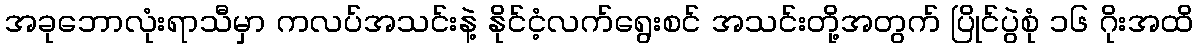
အခုဘောလုံးရာသီမှာ ကလပ်အသင်းနဲ့ နိုင်ငံ့လက်ရွေးစင် အသင်းတို့အတွက် ပြိုင်ပွဲစုံ ၁၆ ဂိုးအထိ